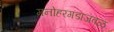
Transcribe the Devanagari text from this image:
मनोहरगडाजवळ